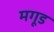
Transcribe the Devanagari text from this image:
मगूड